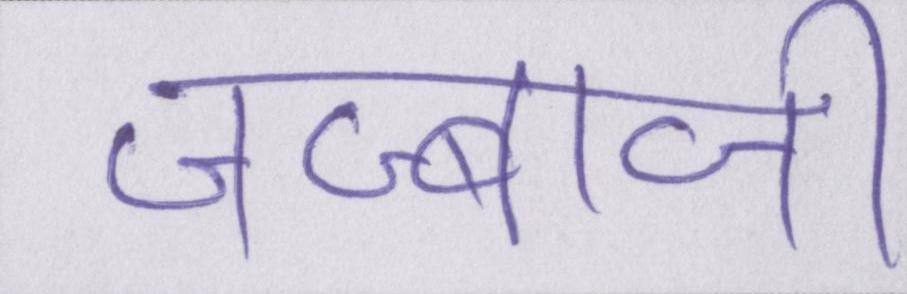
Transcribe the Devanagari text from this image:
जज्बाजी